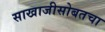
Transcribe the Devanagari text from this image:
साखाजीसोबतचा